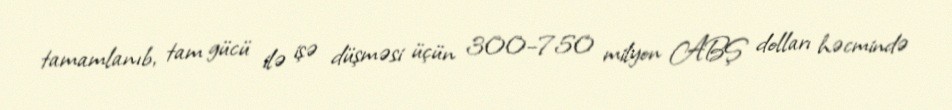
tamamlanıb, tam gücü ilə işə düşməsi üçün 300–750 milyon ABŞ dolları həcmində